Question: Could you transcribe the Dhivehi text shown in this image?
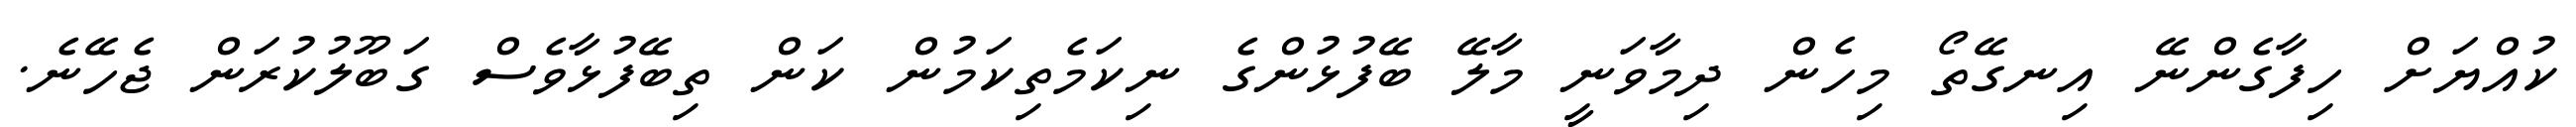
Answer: ކުއްޔަށް ހިފާގެންނޭ އިނގޭތޯ މިހެން ދިމާވަނީ މާލޭ ބޭފުޅުންގެ ނިކަމެތިކަމުން ކަން ތިބޭފުޅާވެސް ގަބޫލުކުރަން ޖެހޭނެ.